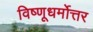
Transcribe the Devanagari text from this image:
विष्णूधर्मोत्तर